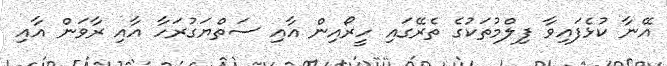
އޭނާ ކުޅެފައިވާ ފިލްމުތަކުގެ ތެރޭގައި ހީރޯއިން އާއި ސަތްޔަގުރަހާ އާއި ރާވަން އާއި